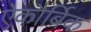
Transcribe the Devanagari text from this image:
ऐकौर्बिक